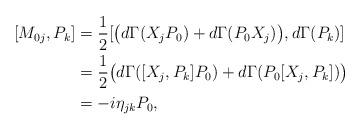
LaTeX: \begin{align*}[M_{0j},P_k]&= \frac{1}{2}[\big( d\Gamma(X_jP_0)+d\Gamma(P_0X_j)\big),d\Gamma (P_k)]\\&=\frac{1}{2} \big( d\Gamma([X_j,P_k]P_0)+d\Gamma(P_0[X_j,P_k])\big) \\&=-i\eta_{jk}P_0,\end{align*}